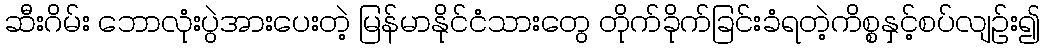
ဆီးဂိမ်း ဘောလုံးပွဲအားပေးတဲ့ မြန်မာနိုင်ငံသားတွေ တိုက်ခိုက်ခြင်းခံရတဲ့ကိစ္စနှင့်စပ်လျဉ်း၍